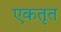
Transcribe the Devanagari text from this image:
एकतृत